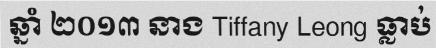
ឆ្នាំ ២០១៣ នាង Tiffany Leong ធ្លាប់